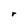
Character: r